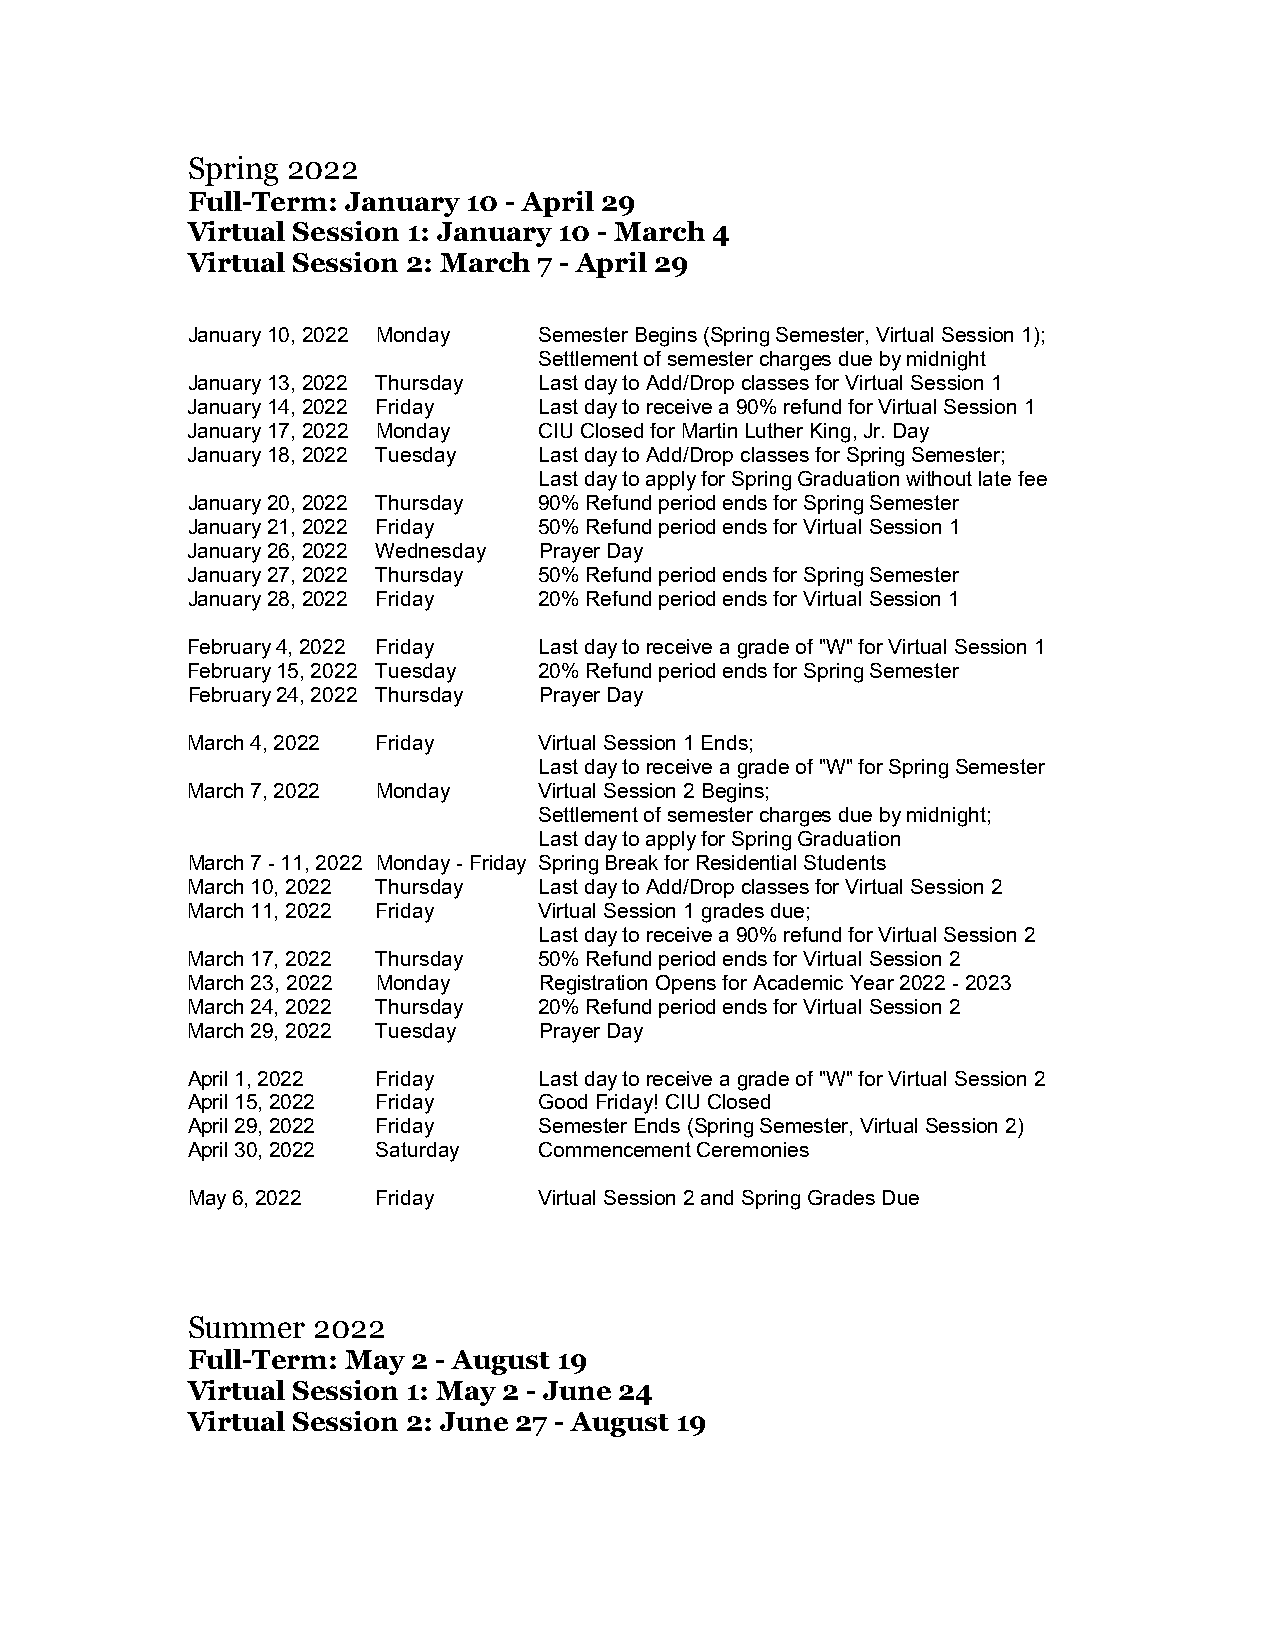
Spring 2022
 Full-Term: January 10 - April 29
 Virtual Session 1: January 10 - March 4
 Virtual Session 2: March 7 - April 29
 January 10, 2022 Monday Semester Begins (Spring Semester, Virtual Session 1);
 Settlement of semester charges due by midnight
 January 13, 2022 Thursday Last day to Add/Drop classes for Virtual Session 1
 January 14, 2022 Friday Last day to receive a 90% refund for Virtual Session 1
 January 17, 2022 Monday CIU Closed for Martin Luther King, Jr. Day
 January 18, 2022 Tuesday Last day to Add/Drop classes for Spring Semester;
 Last day to apply for Spring Graduation without late fee
 January 20, 2022 Thursday 90% Refund period ends for Spring Semester
 January 21, 2022 Friday 50% Refund period ends for Virtual Session 1
 January 26, 2022 Wednesday Prayer Day
 January 27, 2022 Thursday 50% Refund period ends for Spring Semester
 January 28, 2022 Friday 20% Refund period ends for Virtual Session 1
 February 4, 2022 Friday Last day to receive a grade of "W" for Virtual Session 1
 February 15, 2022 Tuesday 20% Refund period ends for Spring Semester
 February 24, 2022 Thursday Prayer Day
 March 4, 2022 Friday    Virtual Session 1 Ends;
 Last day to receive a grade of "W" for Spring Semester
 March 7, 2022 Monday    Virtual Session 2 Begins;
 Settlement of semester charges due by midnight;
 Last day to apply for Spring Graduation
 March 7 - 11, 2022 Monday - Friday Spring Break for Residential Students
 March 10, 2022 Thursday Last day to Add/Drop classes for Virtual Session 2
 March 11, 2022 Friday   Virtual Session 1 grades due;
 Last day to receive a 90% refund for Virtual Session 2
 March 17, 2022 Thursday 50% Refund period ends for Virtual Session 2
 March 23, 2022 Monday   Registration Opens for Academic Year 2022 - 2023
 March 24, 2022 Thursday 20% Refund period ends for Virtual Session 2
 March 29, 2022 Tuesday  Prayer Day
 April 1, 2022 Friday    Last day to receive a grade of "W" for Virtual Session 2
 April 15, 2022 Friday   Good Friday! CIU Closed
 April 29, 2022 Friday   Semester Ends (Spring Semester, Virtual Session 2)
 April 30, 2022 Saturday Commencement Ceremonies
 May 6, 2022  Friday     Virtual Session 2 and Spring Grades Due
 Summer   2022
 Full-Term: May 2 - August 19
 Virtual Session 1: May 2 - June 24
 Virtual Session 2: June 27 - August 19